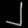
Digit: ၂